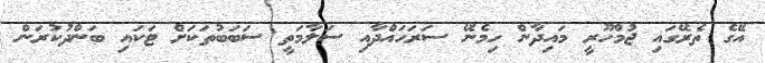
އޭގެ ތެރޭގައި ޖުމްހޫރީ މައިދާން ހިމެނޭ ސަރަހައްދާއި ސަލާމަތީ ސަބަބުތަކަށް ޓަކައި ބަންދުކުރަން